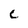
Character: C